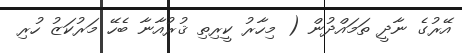
އޭރުގެ ނާދީ ތަމައްދުން ( މިހާރު ކީރިތި ޤުރުއާނާ ބެހޭ މަރުކަޒު ހުރި